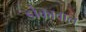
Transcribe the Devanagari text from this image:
डोकावाल